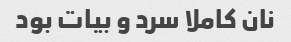
نان کاملا سرد و بیات بود